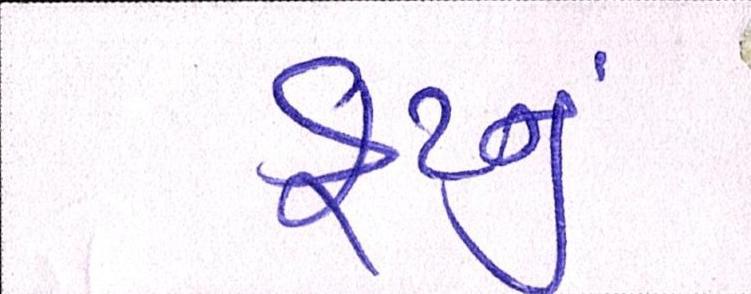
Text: ફૂટનું